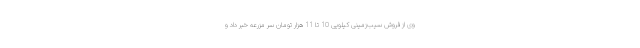
وی از فروش سیب‌زمینی کیلویی 10 تا 11 هزار تومان سر مزرعه خبر داد و